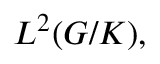
L ^ { 2 } ( G / K ) ,